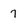
Character: 7